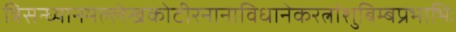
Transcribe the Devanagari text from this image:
त्रिसन्ध्यानमल्लेखकोटीरनानाविधानेकरत्नांशुबिम्बप्रभाभिः